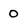
Character: 0